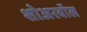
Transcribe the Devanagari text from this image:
शोअरवॉल